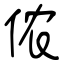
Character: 侬